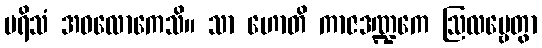
ပရိသံ အဝလောကေသိ။ သာ ဟောတိ ကာဇဒဏ္ဍကေ ဩလမ္ဗေတွာ